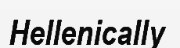
Hellenically